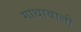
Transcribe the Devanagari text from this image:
गाथावाली